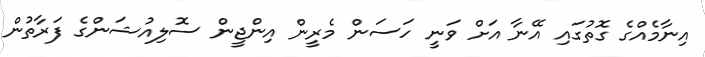
އިނާމެއްގެ ގޮތުގައި އޭނާ އަށް ވަނީ ހަސަން މެރީން އިންޖީން ސޮލިއުޝަންގެ ފަރާތުން